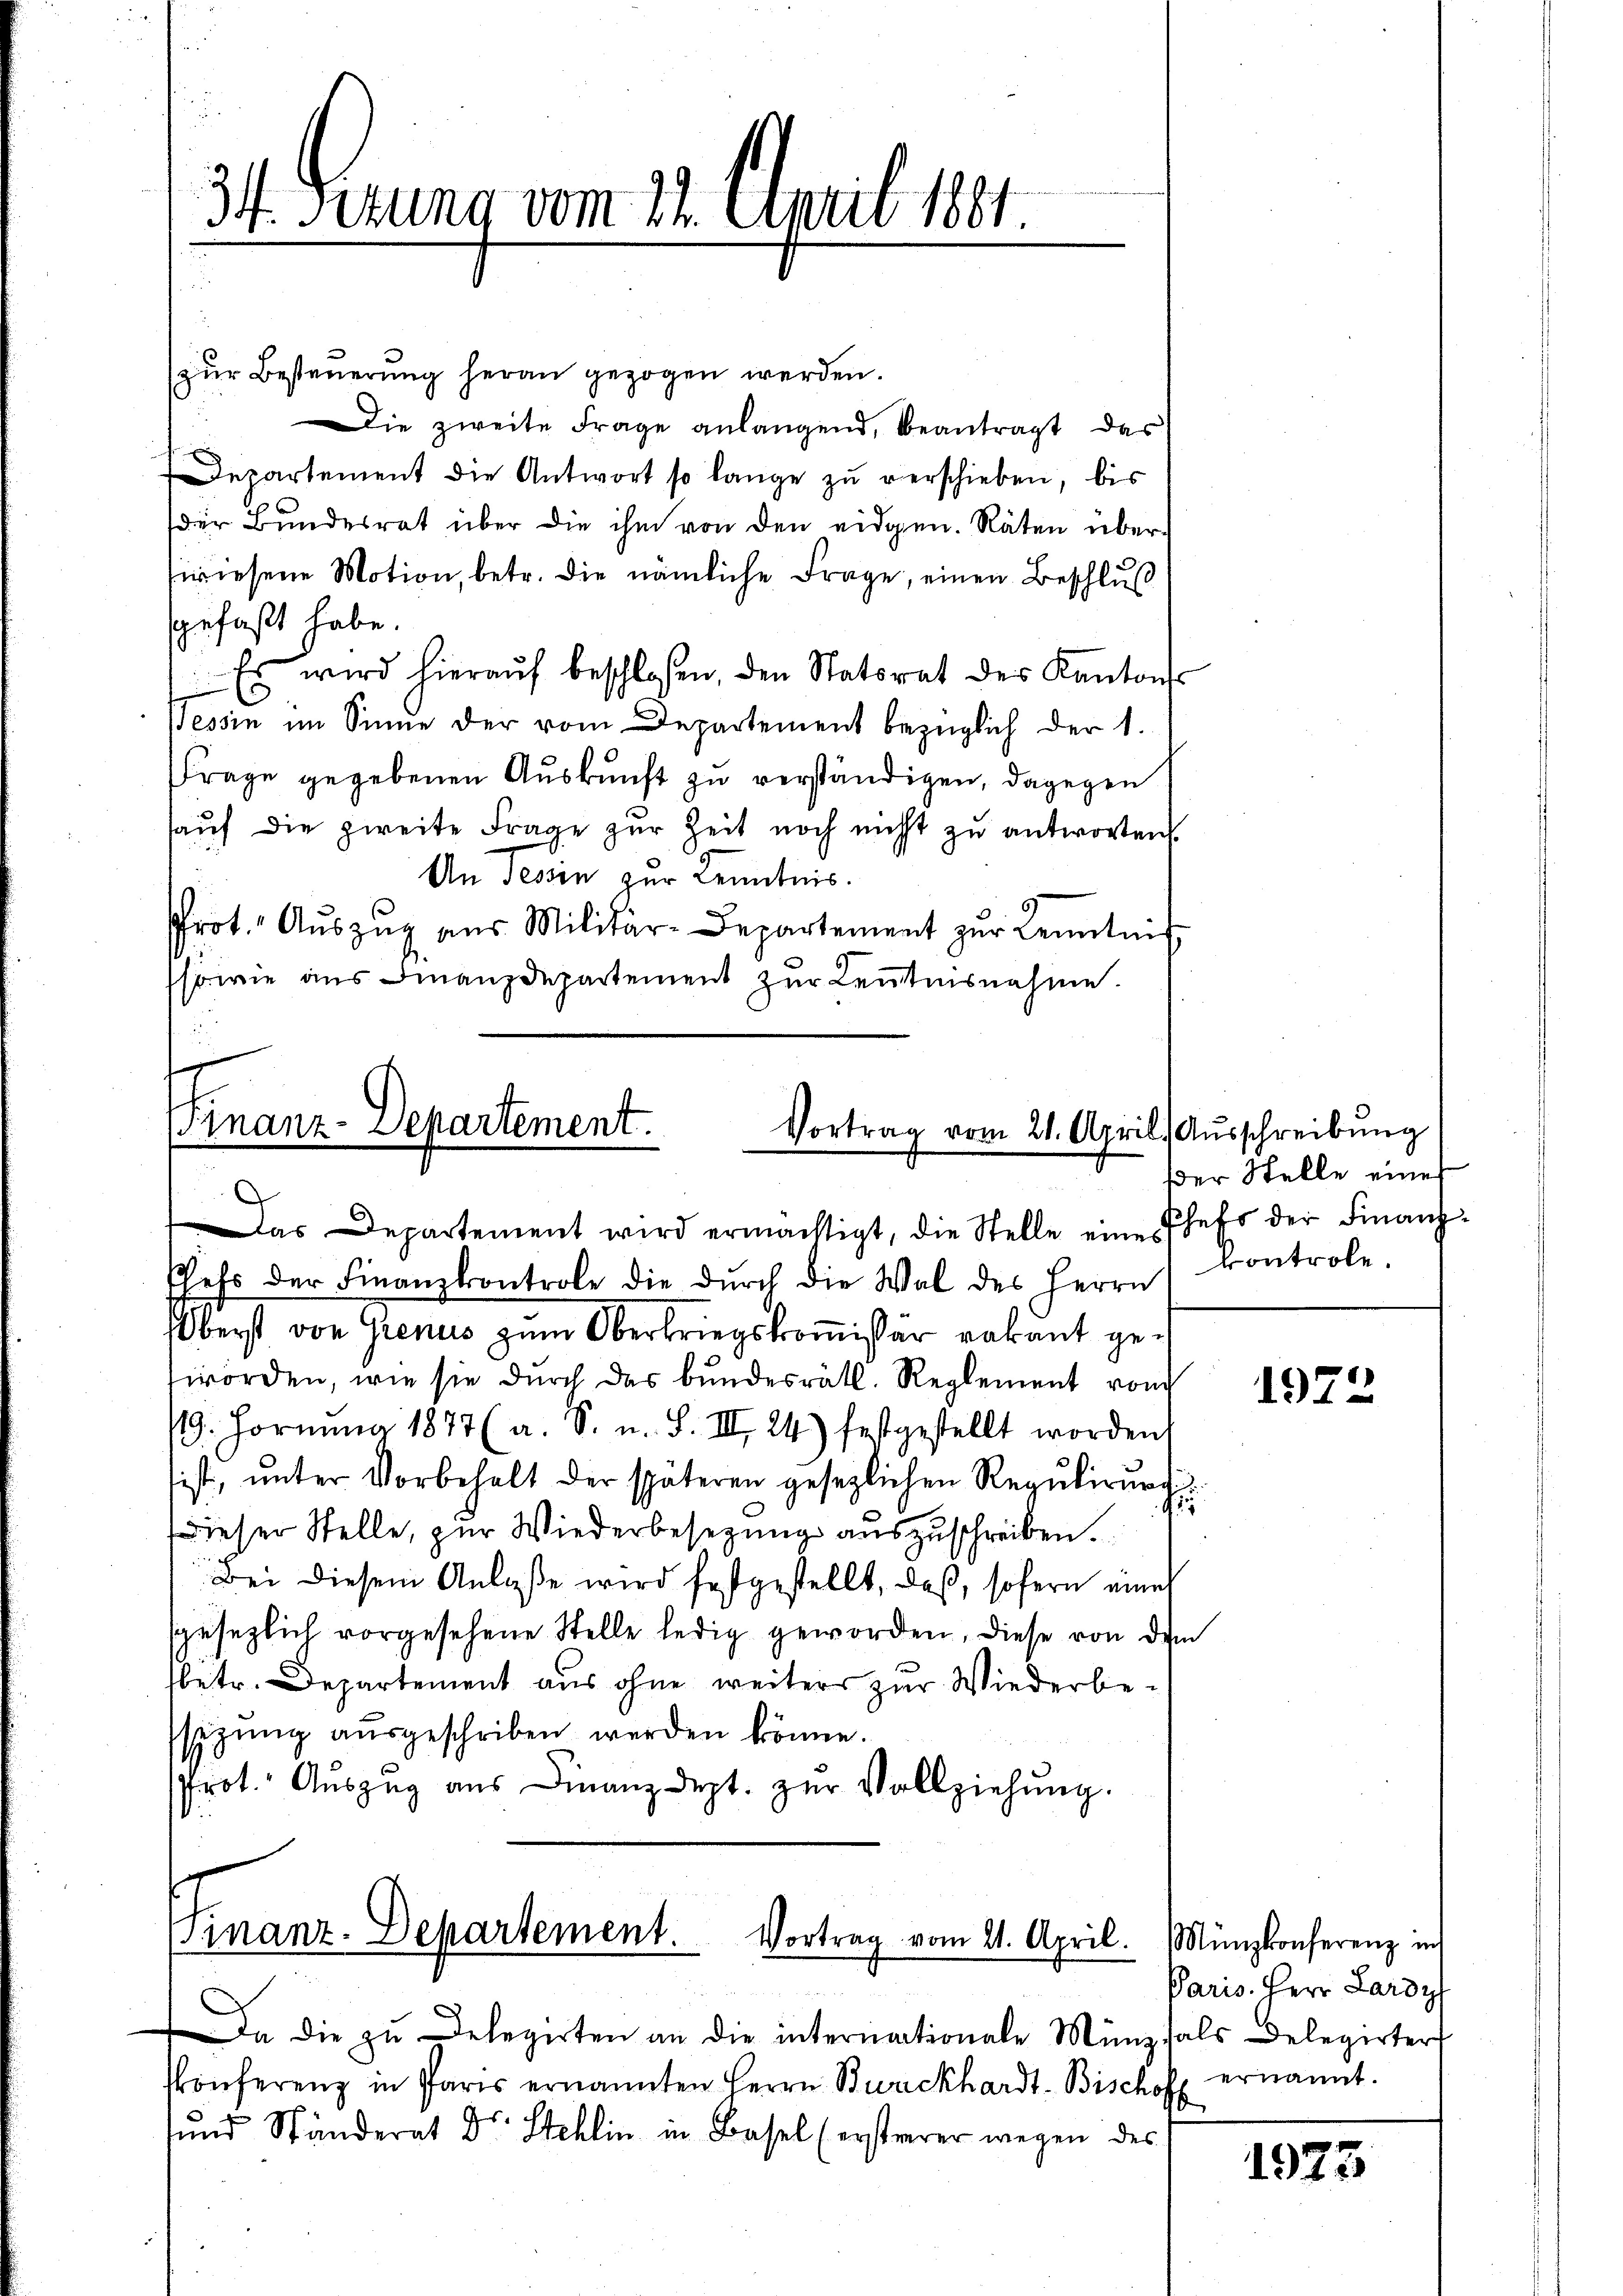
34. Ferung vom 12. April 1891
z

zŭr Besteŭerŭng heran gezogen werden.
ie zweite Frage anlangend, beantragt, das
Departement die Antwort so lange zŭ verschieben, bis
der Bundesrat über die ihm von den eidgen. Räten überswiesene Motion, betr. die nämliche Frage, einen Beschlŭβ
gefaßt habe.
Es wird hieraŭf beschlossen, den Statorat des Kantons
Tessin im Sinne der vom Departement bezüglich der 1.
Frage gegebenen Auskunft zu verständigen, dagegen
haŭf die zweite Frage zŭr Zeit noch nicht zŭ antworten.
An Tessin zur Kenntnis.
Prot. Aŭszŭg aŭs Militar-Departement zŭr Kenntnis
sowie aus Finanzdepartement zur Kenntnisnahme.

Finanz-Departement.
Vortrag vom 21. April) Ausschreibung
Das Departement wird ermächtigt, die Stelle eine Chefs der Finanz-

Chefs der Finanzkontrole die dŭrch die Wal des Herrn
Oberst von Grenis zum Oberkriegskomissär vakant geworden, wie sie durch das bundesrätl. Reglement von
/9. Fornŭng 1877 (a. S. u. S. III 24) festgestellt worden,
ist, unter Vorbehalt der späteren gesezlichen Regulirung
u
Dieser Stelle, zur Wiederbesetzung auszuschreiben.
Bei diesem Anlaße wird festgestellt, daß, sofern eine
sgesezlich vorgesehene Stelle ledig geworden, diese von dem
betr. Departement aus ohne weiters zur Wiederbesezŭng aŭsgeschriben werden könne.
Prot. Aŭszŭg aŭs Finanzdept. zŭr Vollziehŭng.

Finanz-Departement. Vortrag vom 21. April.

i

Da die zu Delegerten an die internationale Münzsals Delegirter
konferenz in Paris ernannten Herrn Burckhardt-Bischoff
und Ständerat Dr. Stehlin in Basel (ersterer wegen des

der Stelle einer
vontrole.

1972

Münzkonferenz in
Paris. Herr Lardy
ernannt.

1973